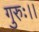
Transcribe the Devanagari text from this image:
गुरुः।।